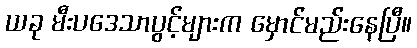
ယခု မီးပဒေသာပွင့်များက မှောင်မည်းနေပြီ။